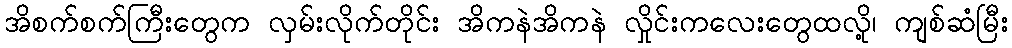
အိစက်စက်ကြီးတွေက လှမ်းလိုက်တိုင်း အိကနဲအိကနဲ လှိုင်းကလေးတွေထလို့၊ ကျစ်ဆံမြီး